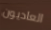
العاديون